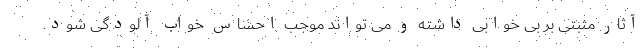
آثار مثبتی بر بی خوابی داشته و می تواند موجب احساس خواب آلودگی شود.